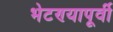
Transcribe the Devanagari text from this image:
भेटण्यापूर्वी